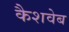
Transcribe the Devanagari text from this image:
कैशवेब